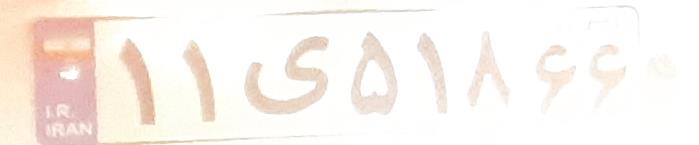
۱۱ی۵۱۸۶۶